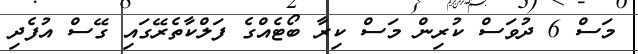
މަސް 6 ދުވަސް ކުރިން މަސް ކިރާ ބޯޓެއްގެ ފަލްކާތެރޭގައި ގޭސް އުފެދި